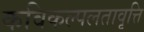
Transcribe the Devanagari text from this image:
कविकल्पलतावृत्ति